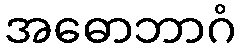
အဓောဘာဂံ